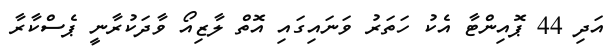
އަދި 44 ޕޮއިންޓާ އެކު ހަތަރު ވަނައިގައި އޮތް ލާޒިއޯ ވާދަކުރާނީ ޕެސްކާރާ